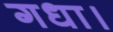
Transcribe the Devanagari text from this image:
गधा।